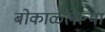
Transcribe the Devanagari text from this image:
बोकाळलेल्या